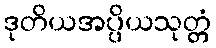
ဒုတိယအပ္ပိယသုတ္တံ